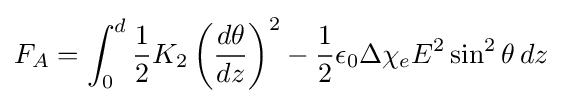
F_{A}=\int _{0}^{d}{\frac {1}{2}}K_{2}\left({\frac {d\theta }{dz}}\right)^{2}-{\frac {1}{2}}\epsilon _{0}\Delta \chi _{e}E^{2}\sin ^{2}{\theta }\,dz